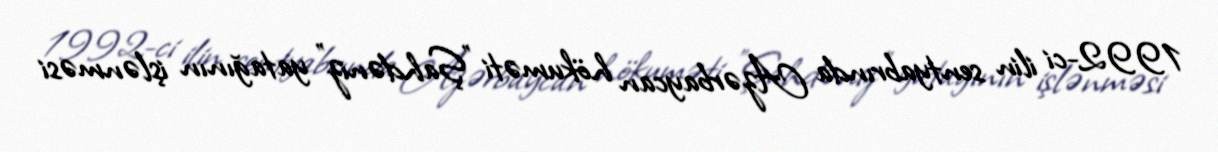
1992-ci ilin sentyabrında Azərbaycan hökuməti "Şahdəniz" yatağının işlənməsi